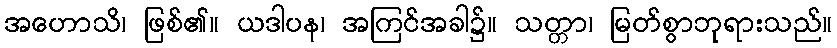
အဟောသိ၊ ဖြစ်၏။ ယဒါပန၊ အကြင်အခါ၌။ သတ္တာ၊ မြတ်စွာဘုရားသည်။